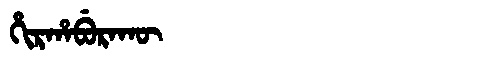
Manchu: ᡥᡳᡵᡥᠠᠪᡠᡵᠠᡴᡡ
Romanization: HIRHABURAKŪ